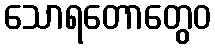
သောရတောတွေဝ